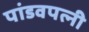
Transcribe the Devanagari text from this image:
पांडवपत्‍नी